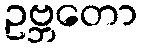
ဥဗ္ဘတော